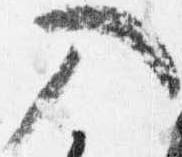
入